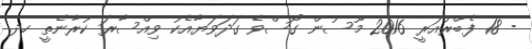
- 18 ފެބްރުއަރީ 2016 މޫސުން ގޯސްވެ ގަދަވަޔާއެކު ވިއްސާރަ ކުރާނެތީ ހދ.